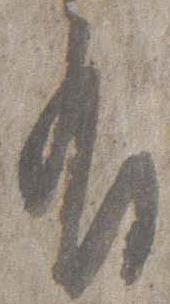
有